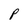
Character: P